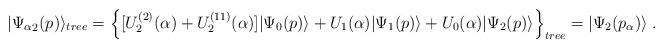
LaTeX: \begin{align*}|{\Psi_\alpha}_2 (p) \rangle_{tree} =\Big\{ [U_2^{(2)}(\alpha) + U_2^{(11)}(\alpha)]|\Psi_0(p) \rangle+ U_1(\alpha)|\Psi_1(p) \rangle+ U_0(\alpha) |\Psi_2 (p) \rangle \Big\}_{tree} =|\Psi_2(p_\alpha) \rangle\; . \end{align*}